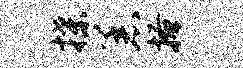
揲恙搔